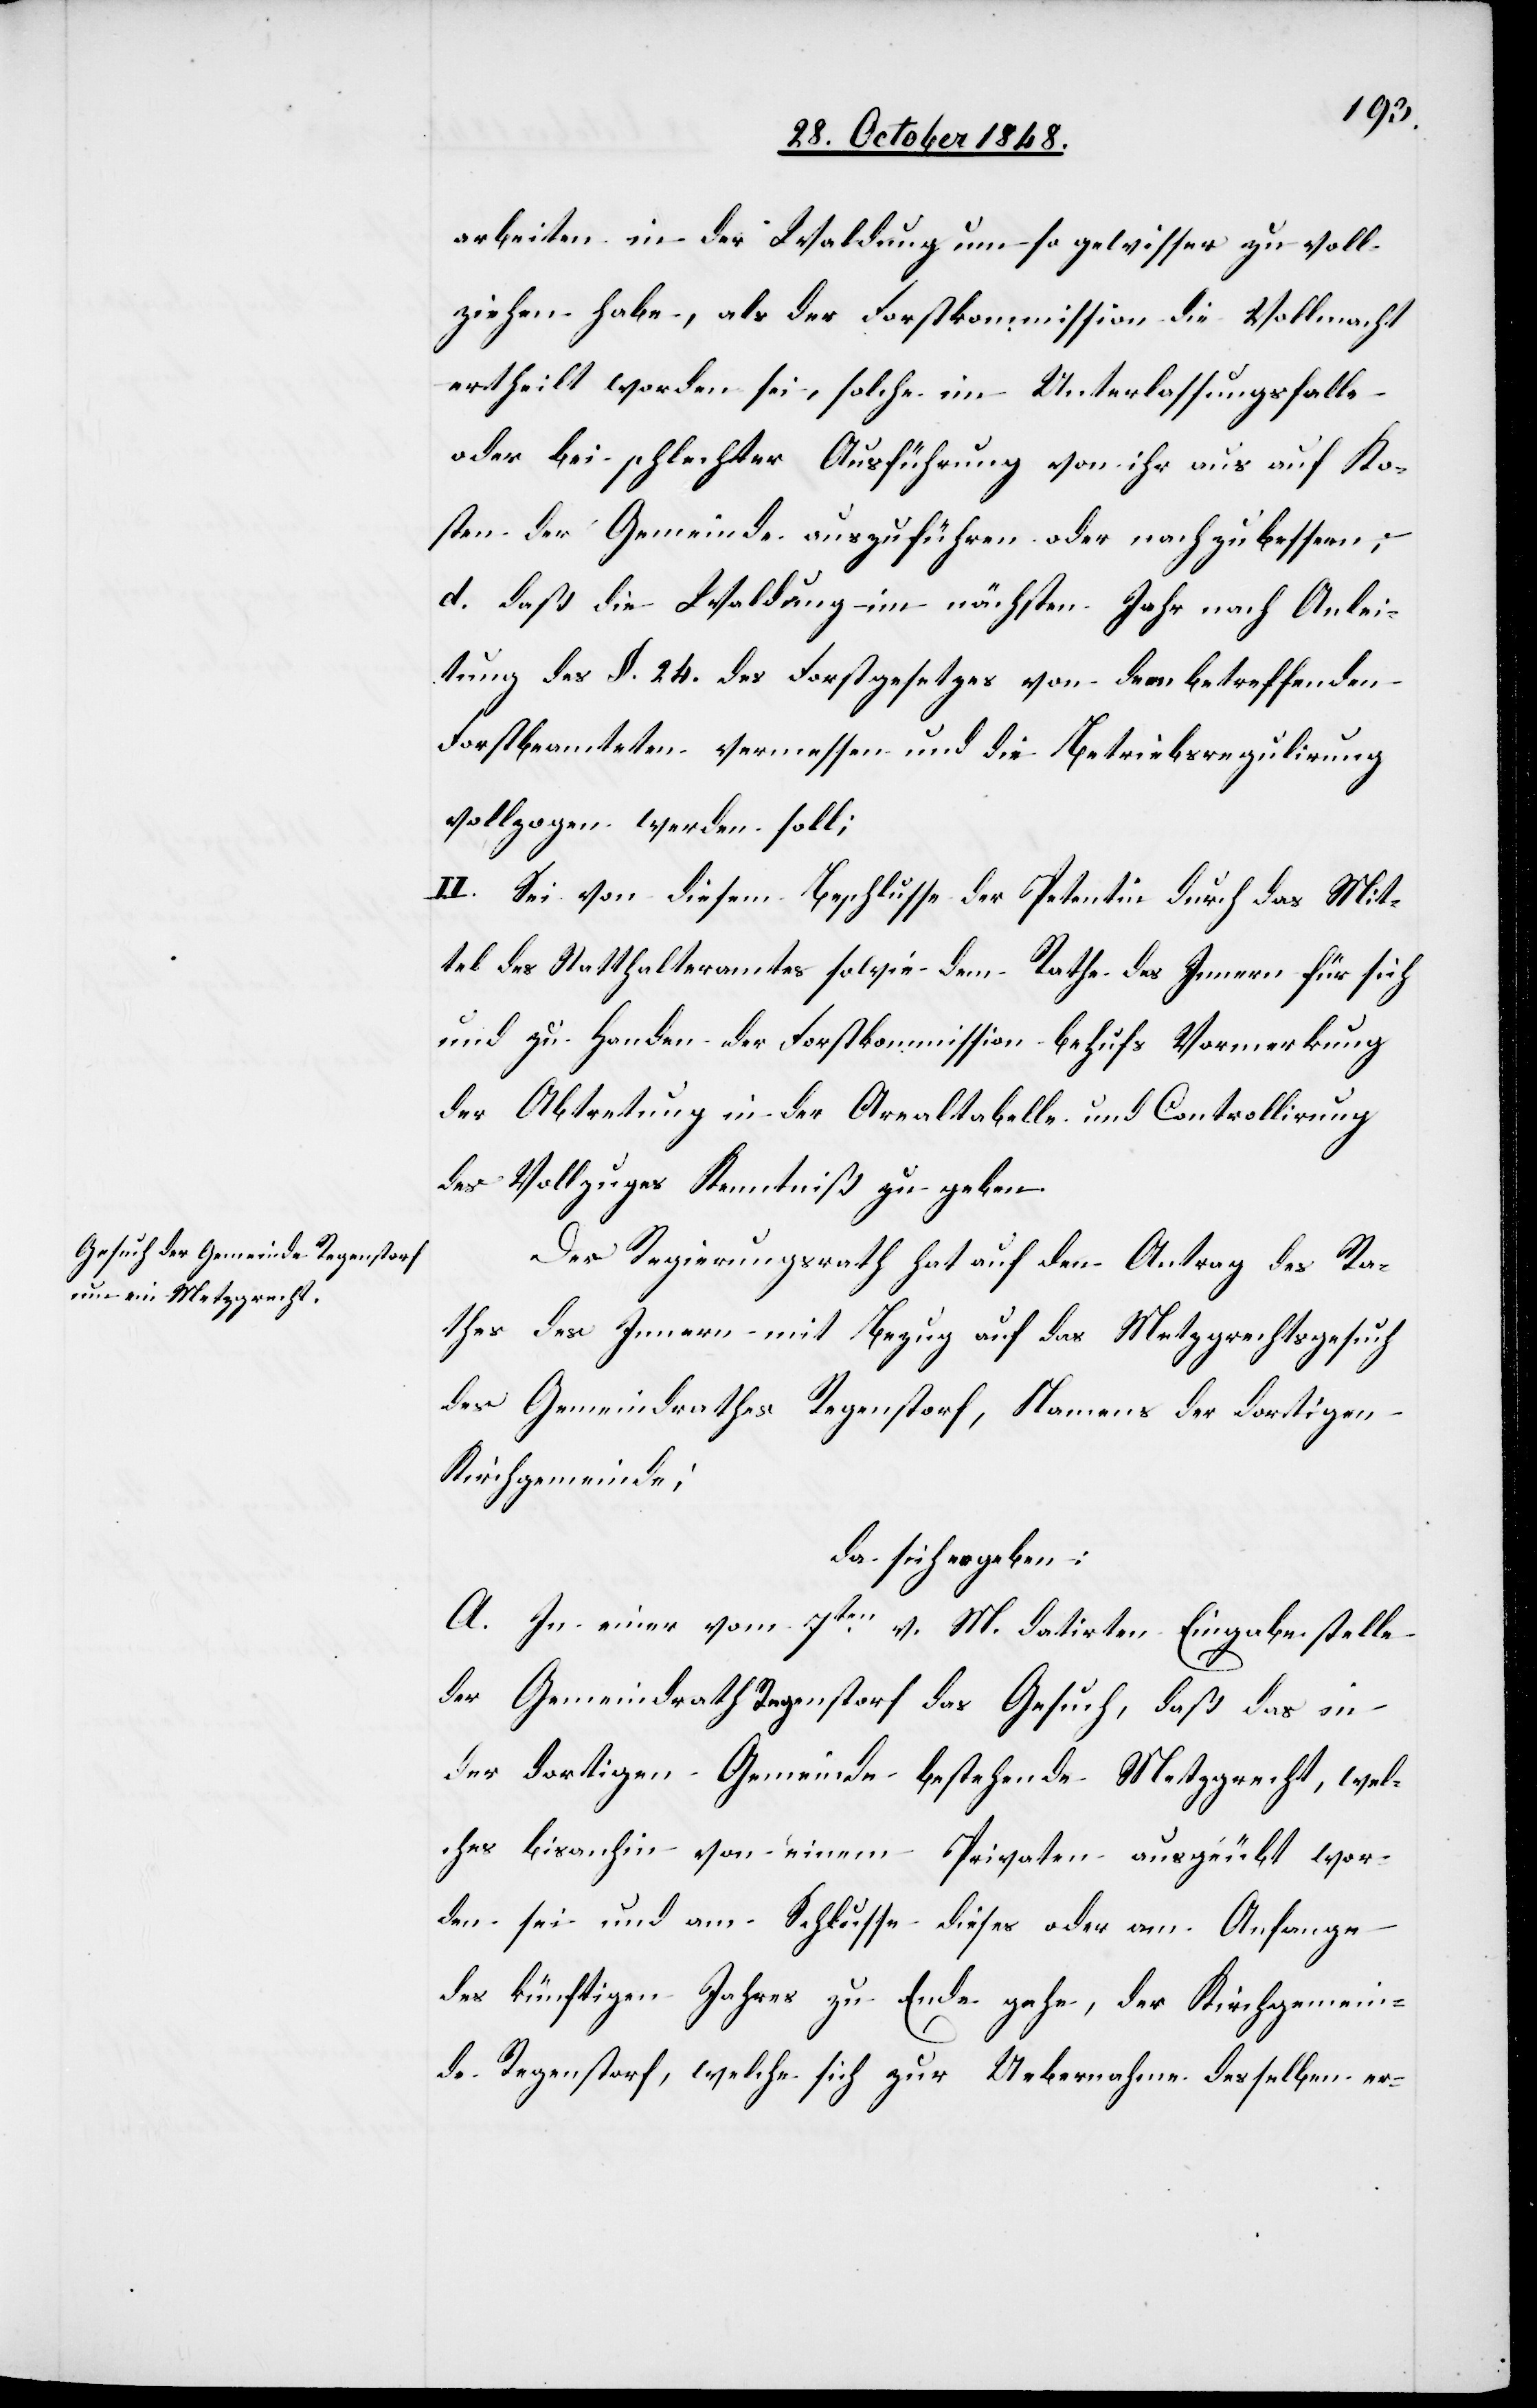
arbeiten in der Waldung um so gewisser zu voll¬
ziehen habe, als der Forstkommission die Vollmacht
ertheilt worden sei, solche im Unterlassungsfalle
oder bei schlechter Ausführung von ihr aus auf Ko¬
sten der Gemeinde auszuführen oder nachzubessern;
d. daß die Waldung im nächsten Jahr nach Anlei¬
tung des §. 24. des Forstgesetzes von den betreffenden
Forstbeamteten vermessen und die Betriebsregulirung
vollzogen werden soll;
II. Sei von diesem Beschlusse der Petentin durch das Mit¬
tel des Statthalteramtes sowie dem Rathe des Innern für sich
und zu Handen der Forstkommission behufs Vormerkung
der Abtretung in der Arealtabelle und Controllirung
des Vollzuges Kenntniß zu geben.
Der Regierungsrath hat auf den Antrag des Ra¬
thes des Innern mit Bezug auf das Metzgrechtsgesuch
des Gemeindrathes Regenstorf, Namens der dortigen
Kirchgemeinde:
da sich ergeben:
A. In einer vom 7ten v. M. datirten Eingabe stelle
der Gemeindrath Regenstorf das Gesuch, daß das in
der dortigen Gemeinde bestehende Metzgrecht, wel¬
ches bisanhin von einem Privaten ausgeübt wor¬
den sei und am Schlusse dieses oder am Anfange
des künftigen Jahres zu Ende gehe, der Kirchgemein¬
de Regenstorf, welche sich zur Uebernahme desselben er-